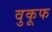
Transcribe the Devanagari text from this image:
वुकूफ